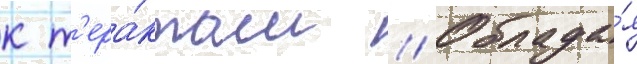
к т'ера́ктам // Облада́я